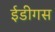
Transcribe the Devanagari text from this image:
ईडीगस